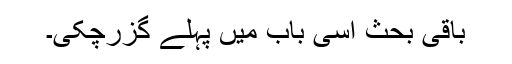
باقی بحث اسی باب میں پہلے گزرچکی۔